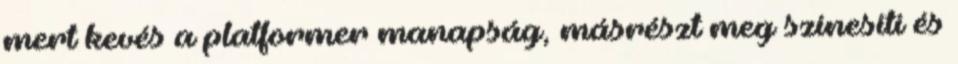
mert kevés a platformer manapság, másrészt meg színesíti és